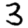
Digit: 3